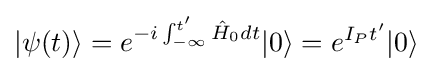
|\psi (t)\rangle =e^{-i\int _{-\infty }^{t'}{\hat {H}}_{0}dt}|0\rangle =e^{I_{P}t'}|0\rangle